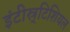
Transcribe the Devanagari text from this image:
इंटीस्र्टिशियल